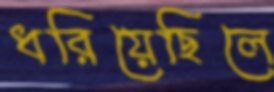
ধরিয়েছিলে